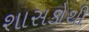
શાસકોથી